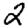
Digit: 2